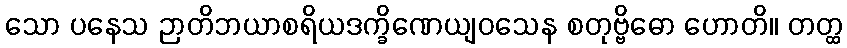
သော ပနေသ ဉာတိဘယာစရိယဒက္ခိဏေယျဝသေန စတုဗ္ဗိဓော ဟောတိ။ တတ္ထ